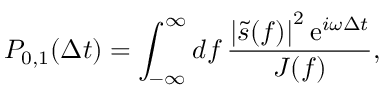
P _ { 0 , 1 } ( \Delta t ) = \int _ { - \infty } ^ { \infty } \mathop { d f } \frac { \left| \tilde { s } ( f ) \right| ^ { 2 } \mathrm { e } ^ { i \omega \Delta t } } { J ( f ) } ,